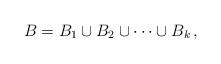
LaTeX: \begin{align*}B &= B_{1}\cup B_{2} \cup \dots \cup B_{k}\,,\end{align*}